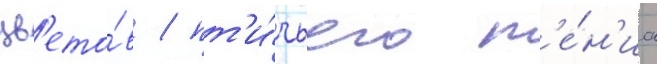
цв'ето́в / пт'и́чьего п'е́н'иа